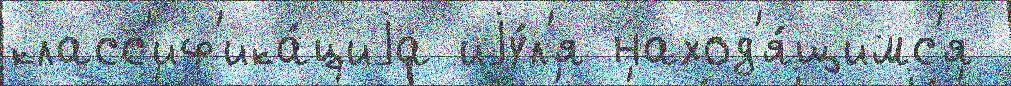
класс'иф'ика́циjа иjу́л'я наход'я́щимс'я